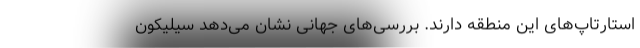
استارتاپ‌های این منطقه دارند. بررسی‌های جهانی نشان می‌دهد سیلیکون